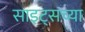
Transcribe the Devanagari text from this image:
साइट्‌सच्या